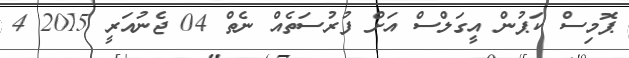
ޕޮމިސް ކަޕުން އީގަލްސް އަށް ފުރުސަތެއް ނެތް 04 ޖެނުއަރީ 2015 4